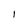
Character: I